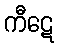
ကီဋေ